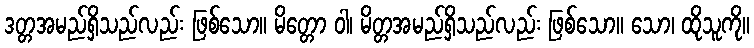
ဒတ္တအမည်ရှိသည်လည်း ဖြစ်သော။ မိတ္တော ဝါ၊ မိတ္တအမည်ရှိသည်လည်း ဖြစ်သော။ သော၊ ထိုသူကို။